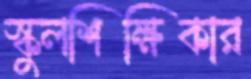
স্কুলশিক্ষিকার